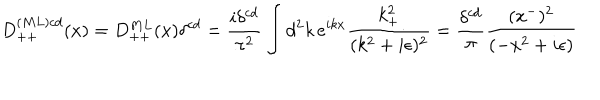
LaTeX: D _ { + + } ^ { ( M L ) c d } ( x ) = D _ { + + } ^ { M L } ( x ) \delta ^ { c d } = { \frac { i \delta ^ { c d } } { \pi ^ { 2 } } } \int d ^ { 2 } k \, e ^ { i k x } { \frac { k _ { + } ^ { 2 } } { ( k ^ { 2 } + i \epsilon ) ^ { 2 } } } = { \frac { \delta ^ { c d } } { \pi } } { \frac { ( x ^ { - } ) ^ { 2 } } { ( - x ^ { 2 } + i \epsilon ) } } \